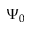
\Psi _ { 0 }